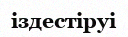
іздестіруі